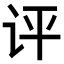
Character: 评